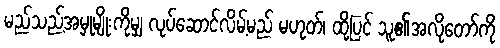
မည်သည့်အမှုမျိုးကိုမျှ လုပ်ဆောင်လိမ့်မည် မဟုတ်၊ ထို့ပြင် သူ၏အလိုတော်ကို